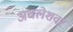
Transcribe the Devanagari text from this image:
अचलेशवर